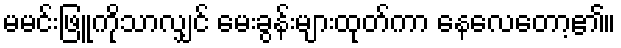
မမင်းဖြူကိုသာလျှင် မေးခွန်းများထုတ်ကာ နေလေတော့၏။